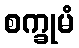
စက္ခုမံ